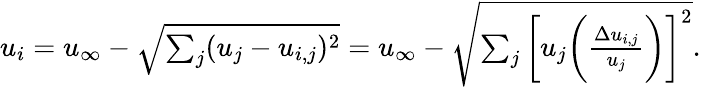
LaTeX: \begin{array}{r}{u_{i}=u_{\infty}-\sqrt{\sum_{j}(u_{j}-u_{i,j})^{2}}=u_{\infty}-\sqrt{\sum_{j}\bigg[u_{j}\bigg(\frac{\Delta u_{i,j}}{u_{j}}\bigg)\bigg]^{2}}.}\end{array}